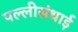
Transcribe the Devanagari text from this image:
पल्‍लीसंथाई